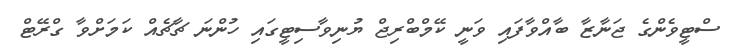
ސްޓީވެންގެ ޖަނާޒާ ބާއްވާފައި ވަނީ ކޭމްބްރިޖް ޔުނިވާސިޓީގައި ހުންނަ ޗާޗެއް ކަމަށްވާ ގްރޭޓް